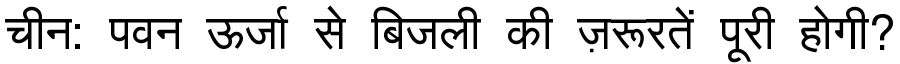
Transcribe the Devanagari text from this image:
चीन: पवन ऊर्जा से बिजली की ज़रूरतें पूरी होगी?